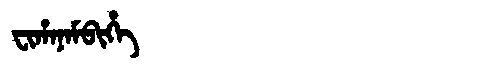
Manchu: ᠸᡳᡥᠠᠨᠠᠮᠪᡳᡥᡝ
Romanization: FIHANAMBIHE